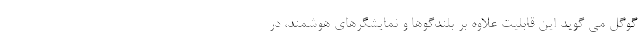
گوگل می گوید این قابلیت علاوه بر بلندگوها و نمایشگرهای هوشمند، در